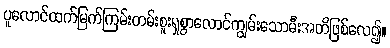
ပူလောင်ထက်မြက်ကြမ်းတမ်းစူးရှစွာလောင်ကျွမ်းသောမီးအတိဖြစ်လေ၍။